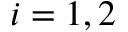
i = 1 , 2